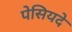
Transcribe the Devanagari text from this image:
पेसियदे